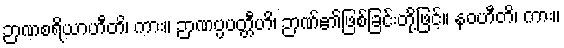
ဉာဏစရိယာဟီတိ၊ ကား။ ဉာဏပ္ပပတ္တီဟိ၊ ဉာဏ်၏ဖြစ်ခြင်းတို့ဖြင့်။ နဝဟီတိ၊ ကား။